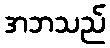
အဘသည်